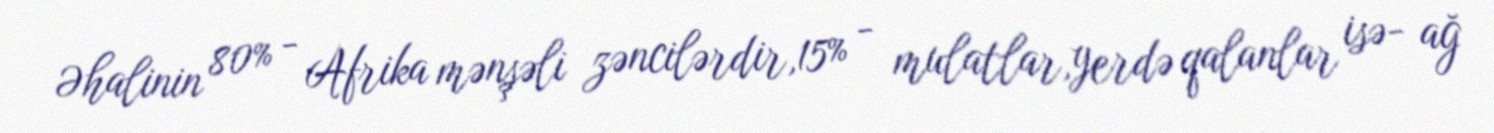
Əhalinin 80% - Afrika mənşəli zəncilərdir,15% - mulatlar,yerdə qalanlar isə- ağ